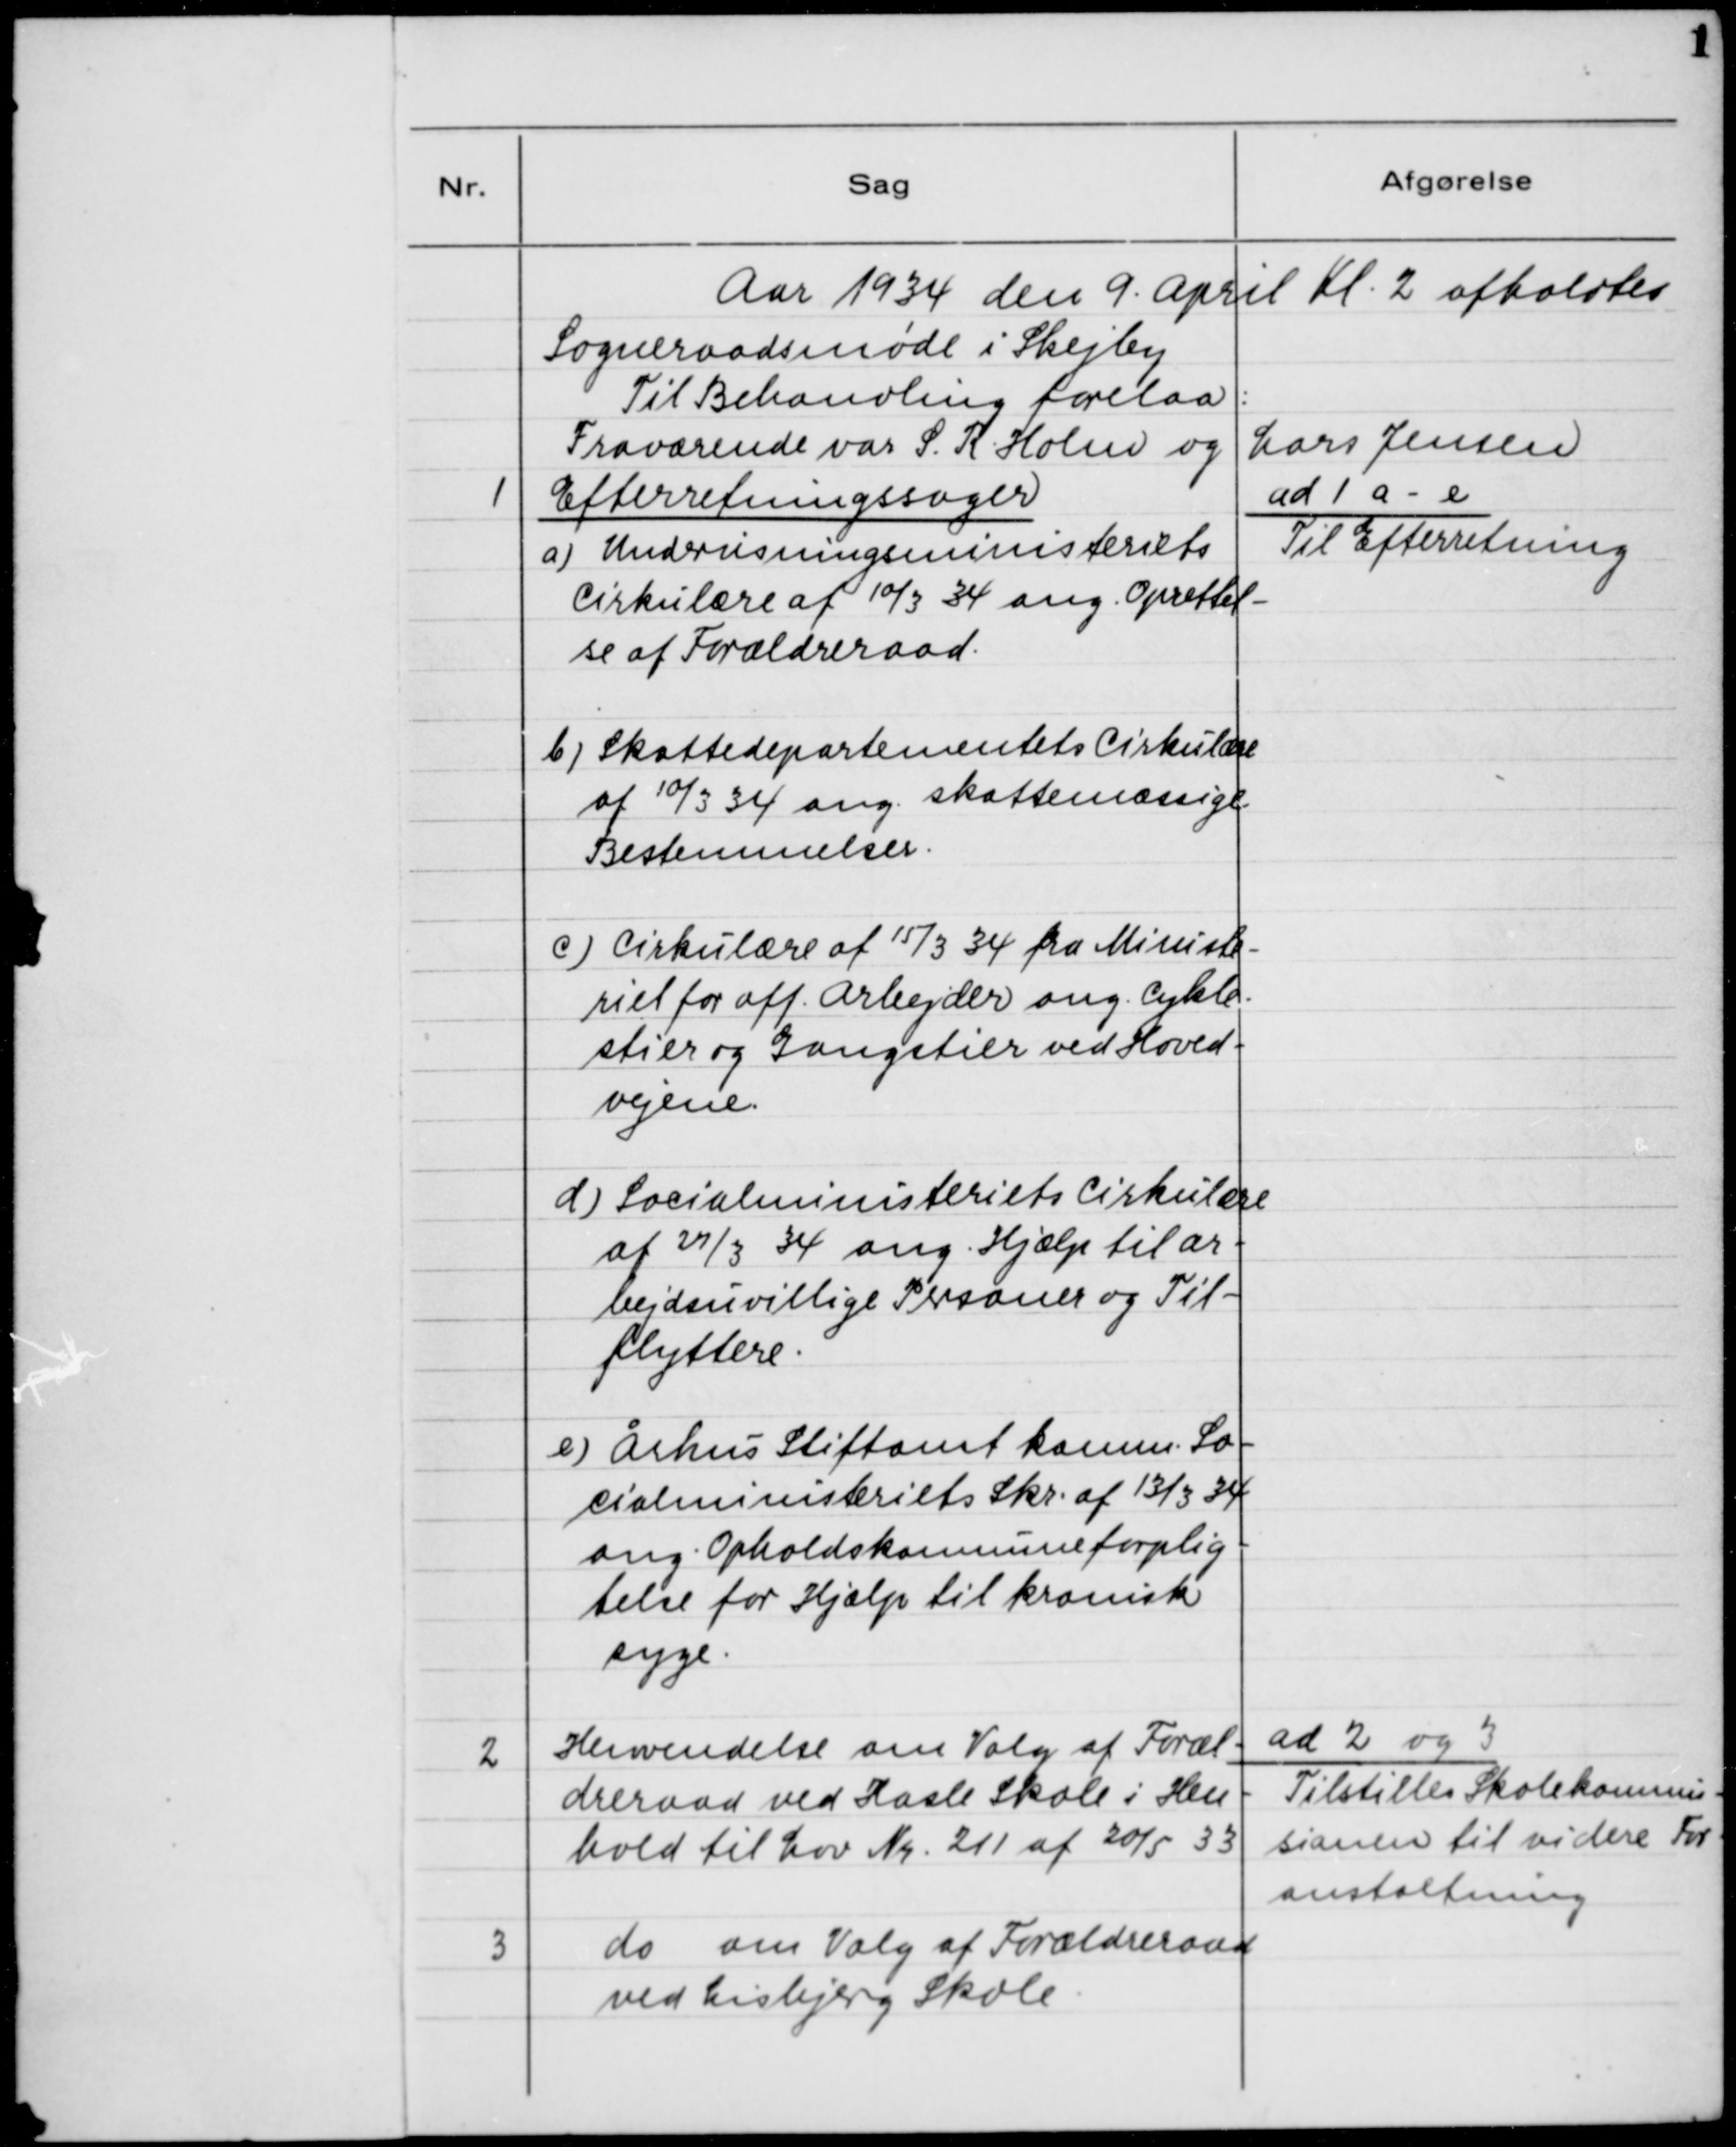
Transskription:
Aar 1934 den 9. April Kl. 2 afholdtes
Sogneraadsmøde i Skejby.
Til Behandling forelaa:
Fraværende var S. R. Holm og Lars Jensen

1

Efterretningssager
a) Undervisningsministeriets
Cirkulære af 10/3 34 ang. Oprettel-
se af Forældreraad.
b) Skattedepartementets Cirkulære
af 10/3 34 ang. skattemæssige
Bestemmelser.
c) Cirkulære af 15/3 34 fra Ministe-
riets for off. Arbejder ang. Cykle-
stier og Gangstier ved Hoved-
vejene.
d) Socialministeriets Cirkulære
af 27/3 34 ang. Hjælp til ar-
bejdsuvillige Personale og Til-
flyttere.
e) Århus Stiftamt komm. So-
cialministeriets Skr. af 13/3 34
ang. Opholdskommuneforplig-
tigelse for Hjælp til kronisk
syge.

ad 1 a - e
Til Efterretning

2

Henvendelse om Valg af Foræl-
dreraad ved Hasle Skole i Hen-
hold til Lov Nr. 211 af 20/5 33.

ad 2 og 3
Tilstilles Skolekommi-
sionen til videre For-
anstaltning.

3

do. om Valg af Forældreraad
ved Lisbjerg Skole.